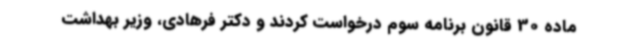
ماده 30 قانون برنامه سوم درخواست کردند و دکتر فرهادی، وزیر بهداشت